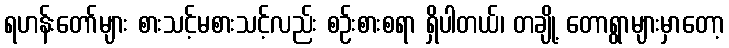
ရဟန်းတော်များ စားသင့်မစားသင့်လည်း စဉ်းစားစရာ ရှိပါတယ်၊ တချို့ တောရွာများမှာတော့